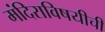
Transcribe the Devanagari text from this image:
मंदिराविषयीची